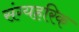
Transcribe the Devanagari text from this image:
संग्यहरिक